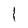
Character: 1